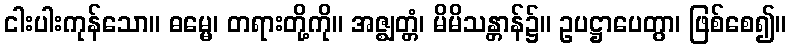
ငါးပါးကုန်သော။ ဓမ္မေ၊ တရားတို့ကို။ အဇ္ဈတ္တံ၊ မိမိသန္တာန်၌။ ဥပဋ္ဌာပေတွာ၊ ဖြစ်စေ၍။